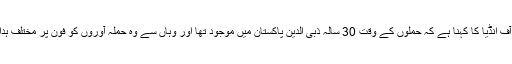
پریس ٹرسٹ آف انڈیا کا کہنا ہے کہ حملوں کے وقت 30 سالہ ذبی الدین پاکستان میں موجود تھا اور وہاں سے وہ حملہ آوروں کو فون پر مختلف ہدایات دیتا رہا ۔